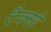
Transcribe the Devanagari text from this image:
टैक्सो